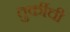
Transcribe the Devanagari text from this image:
तुर्कीची